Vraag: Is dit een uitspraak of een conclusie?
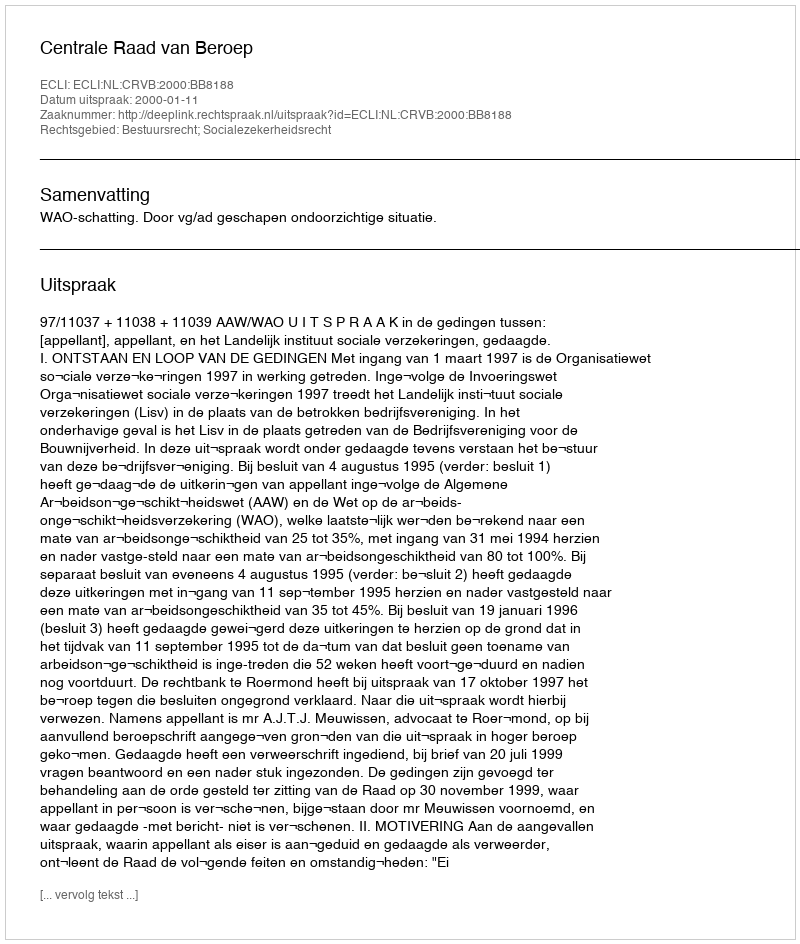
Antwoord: Uitspraak